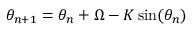
\theta _ { n + 1 } = \theta _ { n } + \Omega - K \sin ( \theta _ { n } )